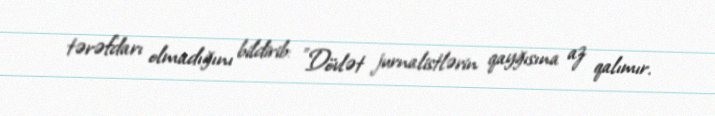
tərəfdarı olmadığını bildirib: "Dövlət jurnalistlərin qayğısına az qalımır.